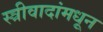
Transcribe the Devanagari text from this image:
स्त्रीवादांमधून